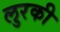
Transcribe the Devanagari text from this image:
लुरकी